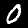
Digit: 0